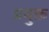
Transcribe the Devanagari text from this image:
प्रयु्क्त